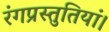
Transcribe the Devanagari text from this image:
रंगप्रस्तुतियां।